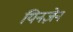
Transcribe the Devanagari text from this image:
यिनज़ेन